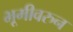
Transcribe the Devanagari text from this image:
भूमीवरुन